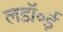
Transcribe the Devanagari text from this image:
लडॉ॰ई